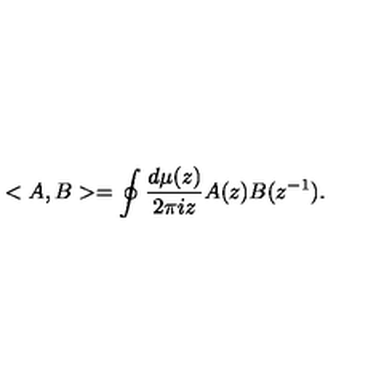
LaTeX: < A , B > = \oint \frac { d \mu ( z ) } { 2 \pi i z } A ( z ) B ( z ^ { - 1 } ) .